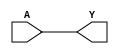

// Determined from spice simulation
`define RESET_DRIVER_DELAY 0.250

module reset_driver (A, Y);

   input      A;
   output reg Y;

   always @ (*)
     Y = #`RESET_DRIVER_DELAY A;

endmodule // reset_driver